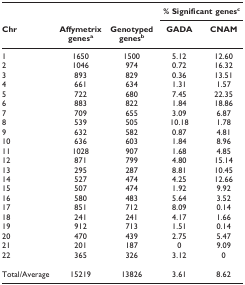
<table><thead><tr><td></td><td></td><td></td><td colspan="2"><b>% Significant genes<sup>c</sup></b></td></tr><tr><td><b>Chr</b></td><td><b>Affymetrix genes<sup>a</sup></b></td><td><b>Genotyped genes<sup>b</sup></b></td><td><b>GADA</b></td><td><b>CNAM</b></td></tr></thead><tbody><tr><td>1</td><td>1650</td><td>1500</td><td>5.12</td><td>12.60</td></tr><tr><td>2</td><td>1046</td><td>974</td><td>0.72</td><td>16.32</td></tr><tr><td>3</td><td>893</td><td>829</td><td>0.36</td><td>13.51</td></tr><tr><td>4</td><td>661</td><td>634</td><td>1.31</td><td>1.57</td></tr><tr><td>5</td><td>722</td><td>680</td><td>7.45</td><td>22.35</td></tr><tr><td>6</td><td>883</td><td>822</td><td>1.84</td><td>18.86</td></tr><tr><td>7</td><td>709</td><td>655</td><td>3.09</td><td>6.87</td></tr><tr><td>8</td><td>539</td><td>505</td><td>10.18</td><td>1.78</td></tr><tr><td>9</td><td>632</td><td>582</td><td>0.87</td><td>4.81</td></tr><tr><td>10</td><td>636</td><td>603</td><td>1.84</td><td>8.96</td></tr><tr><td>11</td><td>1028</td><td>907</td><td>1.68</td><td>4.85</td></tr><tr><td>12</td><td>871</td><td>799</td><td>4.80</td><td>15.14</td></tr><tr><td>13</td><td>295</td><td>287</td><td>8.81</td><td>10.45</td></tr><tr><td>14</td><td>527</td><td>474</td><td>4.25</td><td>12.66</td></tr><tr><td>15</td><td>507</td><td>474</td><td>1.92</td><td>9.92</td></tr><tr><td>16</td><td>580</td><td>483</td><td>5.64</td><td>3.52</td></tr><tr><td>17</td><td>851</td><td>712</td><td>8.09</td><td>0.14</td></tr><tr><td>18</td><td>241</td><td>241</td><td>4.17</td><td>1.66</td></tr><tr><td>19</td><td>912</td><td>713</td><td>1.51</td><td>0.14</td></tr><tr><td>20</td><td>470</td><td>439</td><td>2.75</td><td>5.47</td></tr><tr><td>21</td><td>201</td><td>187</td><td>0</td><td>9.09</td></tr><tr><td>22</td><td>365</td><td>326</td><td>3.12</td><td>0</td></tr><tr><td>Total/Average</td><td>15219</td><td>13826</td><td>3.61</td><td>8.62</td></tr></tbody></table>